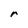
Character: r